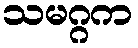
သမဂ္ဂက